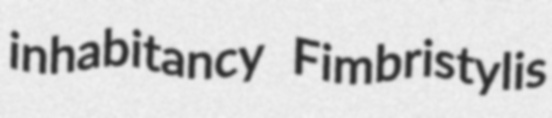
inhabitancy Fimbristylis